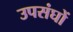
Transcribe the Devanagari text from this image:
उपसंघों